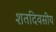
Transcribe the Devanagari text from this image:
शतदिवसीय